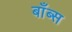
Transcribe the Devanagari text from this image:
बाँब्स